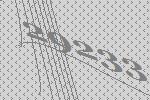
29233